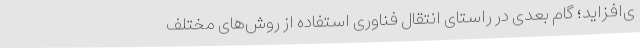
ی‌افزاید؛ گام بعدی در راستای انتقال فناوری استفاده از روش‌های مختلف